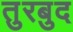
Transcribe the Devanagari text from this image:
तुरबुद